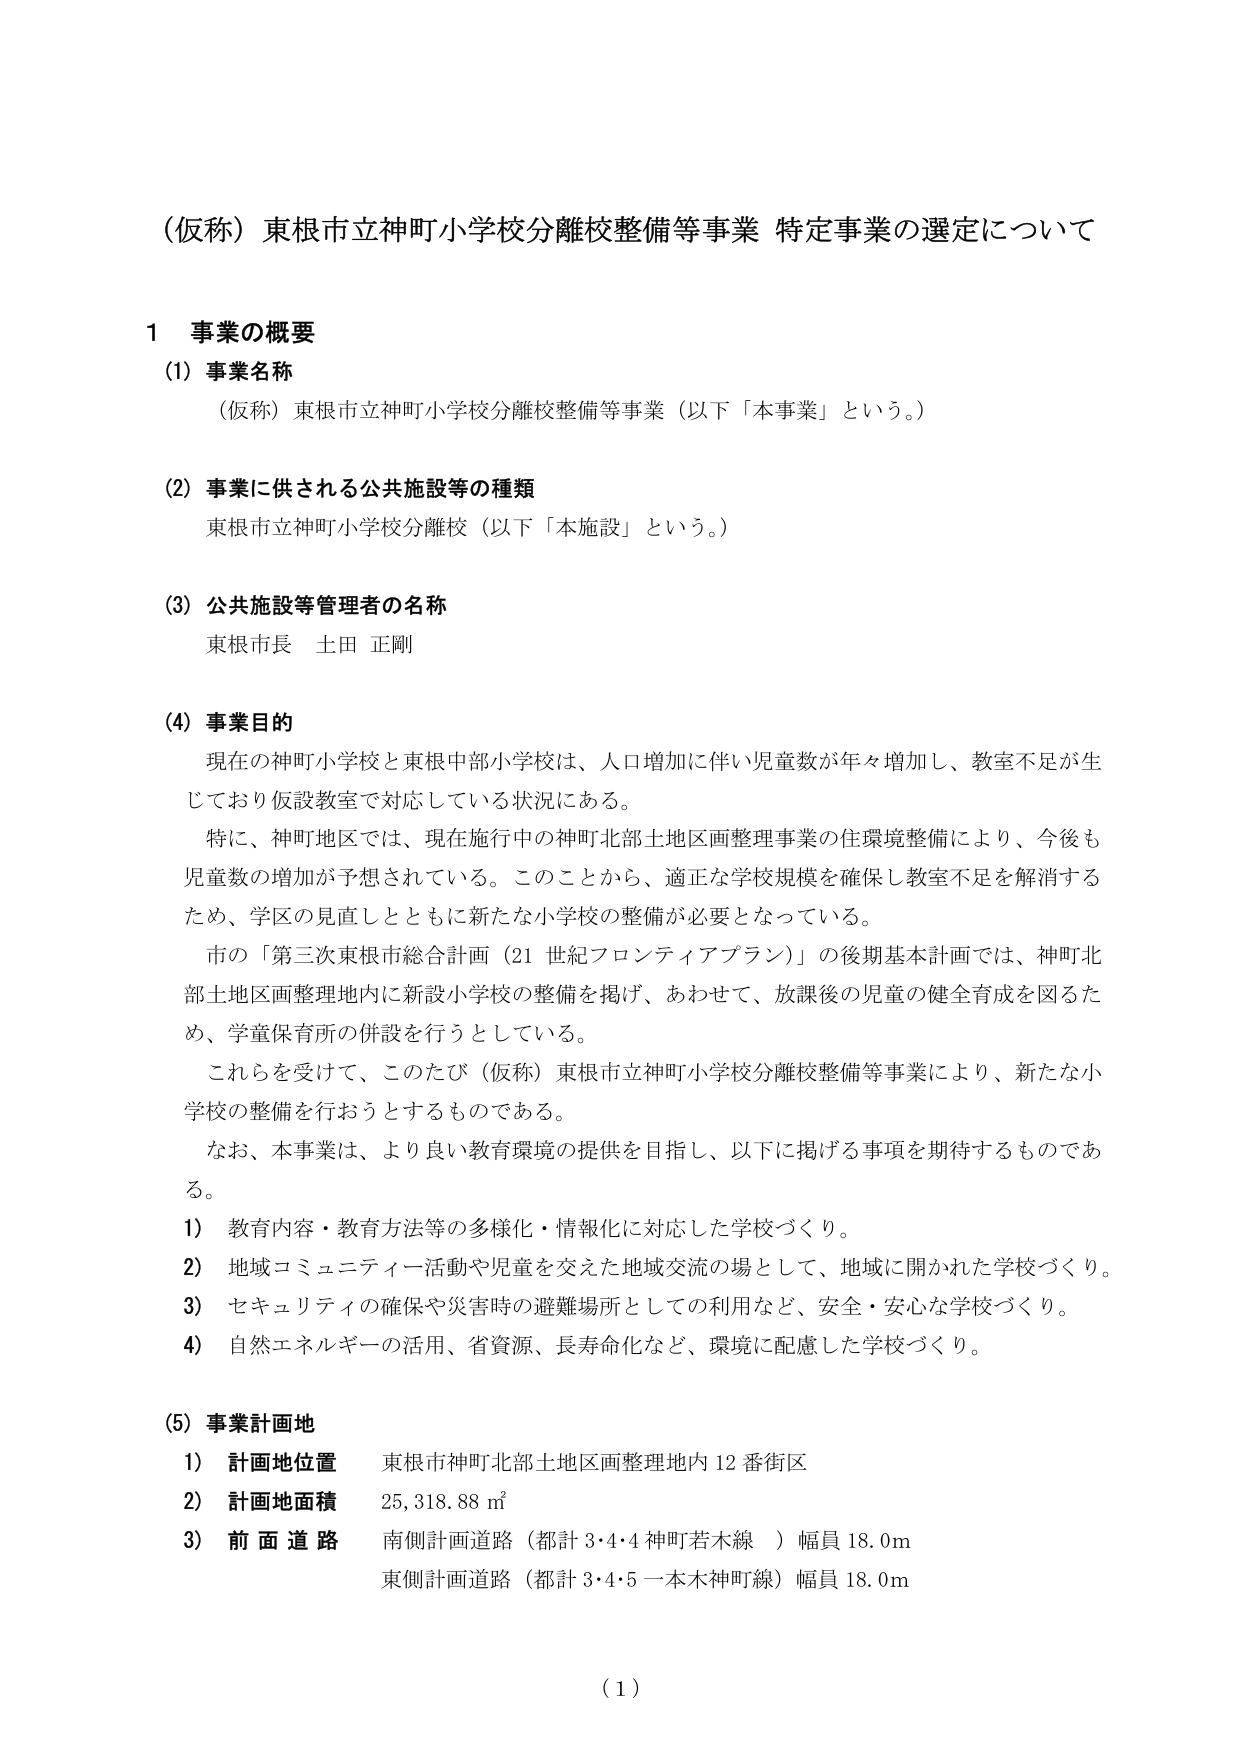
（仮称）東根市立神町小学校分離校整備等事業 特定事業の選定について

1 事業の概要

(1) 事業名称
（仮称）東根市立神町小学校分離校整備等事業（以下「本事業」という。）

(2) 事業に供される公共施設等の種類
東根市立神町小学校分離校（以下「本施設」という。）

(3) 公共施設等管理者の名称
東根市長 土田 正剛

(4) 事業目的
現在の神町小学校と東根中部小学校は、人口増加に伴い児童数が年々増加し、教室不足が生じており仮設教室で対応している状況にある。
特に、神町地区では、現在施行中の神町北部土地区画整理事業の住環境整備により、今後も児童数の増加が予想されている。このことから、適正な学校規模を確保し教室不足を解消するため、学区の見直しとともに新たな小学校の整備が必要となっている。
市の「第三次東根市総合計画（21世紀フロンティアプラン）」の後期基本計画では、神町北部土地区画整備地内に新設小学校の整備を掲げ、あわせて、放課後の児童の健全育成を図るため、学童保育所の併設を行うとしている。
これらを受けて、このたび（仮称）東根市立神町小学校分離校整備等事業により、新たな小学校の整備を行おうとするものである。
なお、本事業は、より良い教育環境の提供を目指し、以下に掲げる事項を期待するものである。
1) 教育内容・教育方法等の多様化・情報化に対応した学校づくり。
2) 地域コミュニティー活動や児童を交えた地域交流の場として、地域に開かれた学校づくり。
3) セキュリティの確保や災害時の避難場所としての利用など、安全・安心な学校づくり。
4) 自然エネルギーの活用、省資源、長寿命化など、環境に配慮した学校づくり。

(5) 事業計画地
1) 計画地位置 東根市神町北部土地区画整理地内12番街区
2) 計画地面積 25,318.88㎡
3) 前面道路 南側計画道路（都計3・4・4神町若木線）幅員18.0m
東側計画道路（都計3・4・5一本木神町線）幅員18.0m

（1）